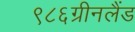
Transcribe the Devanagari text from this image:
९८६ग्रीनलैंड